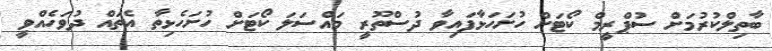
ބާތިލްކުރުމަށް ސުޕްރީމް ކޯޓަށް ހުށަހަޅާފައިވާ ދުސްތޫރީ މައްސަލަ ކޯޓަށް ހުށަހެޅިތާ އެތައް ދުވަހެއްވީ